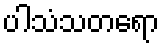
ပါသံသတရော